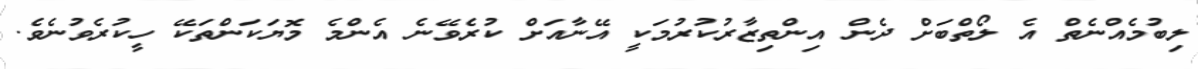
ލިބުމެއްނެތް އެ ލޯތްބަށް ދެން އިންތިޒާރުކުރުމަކީ އޭނާއަށް ކުރެވޭނެ އެންމެ މޮޔަކަންތަކޭ ހީކުރެވުނެވެ.